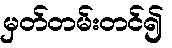
မှတ်တမ်းတင်၍